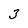
Character: 3